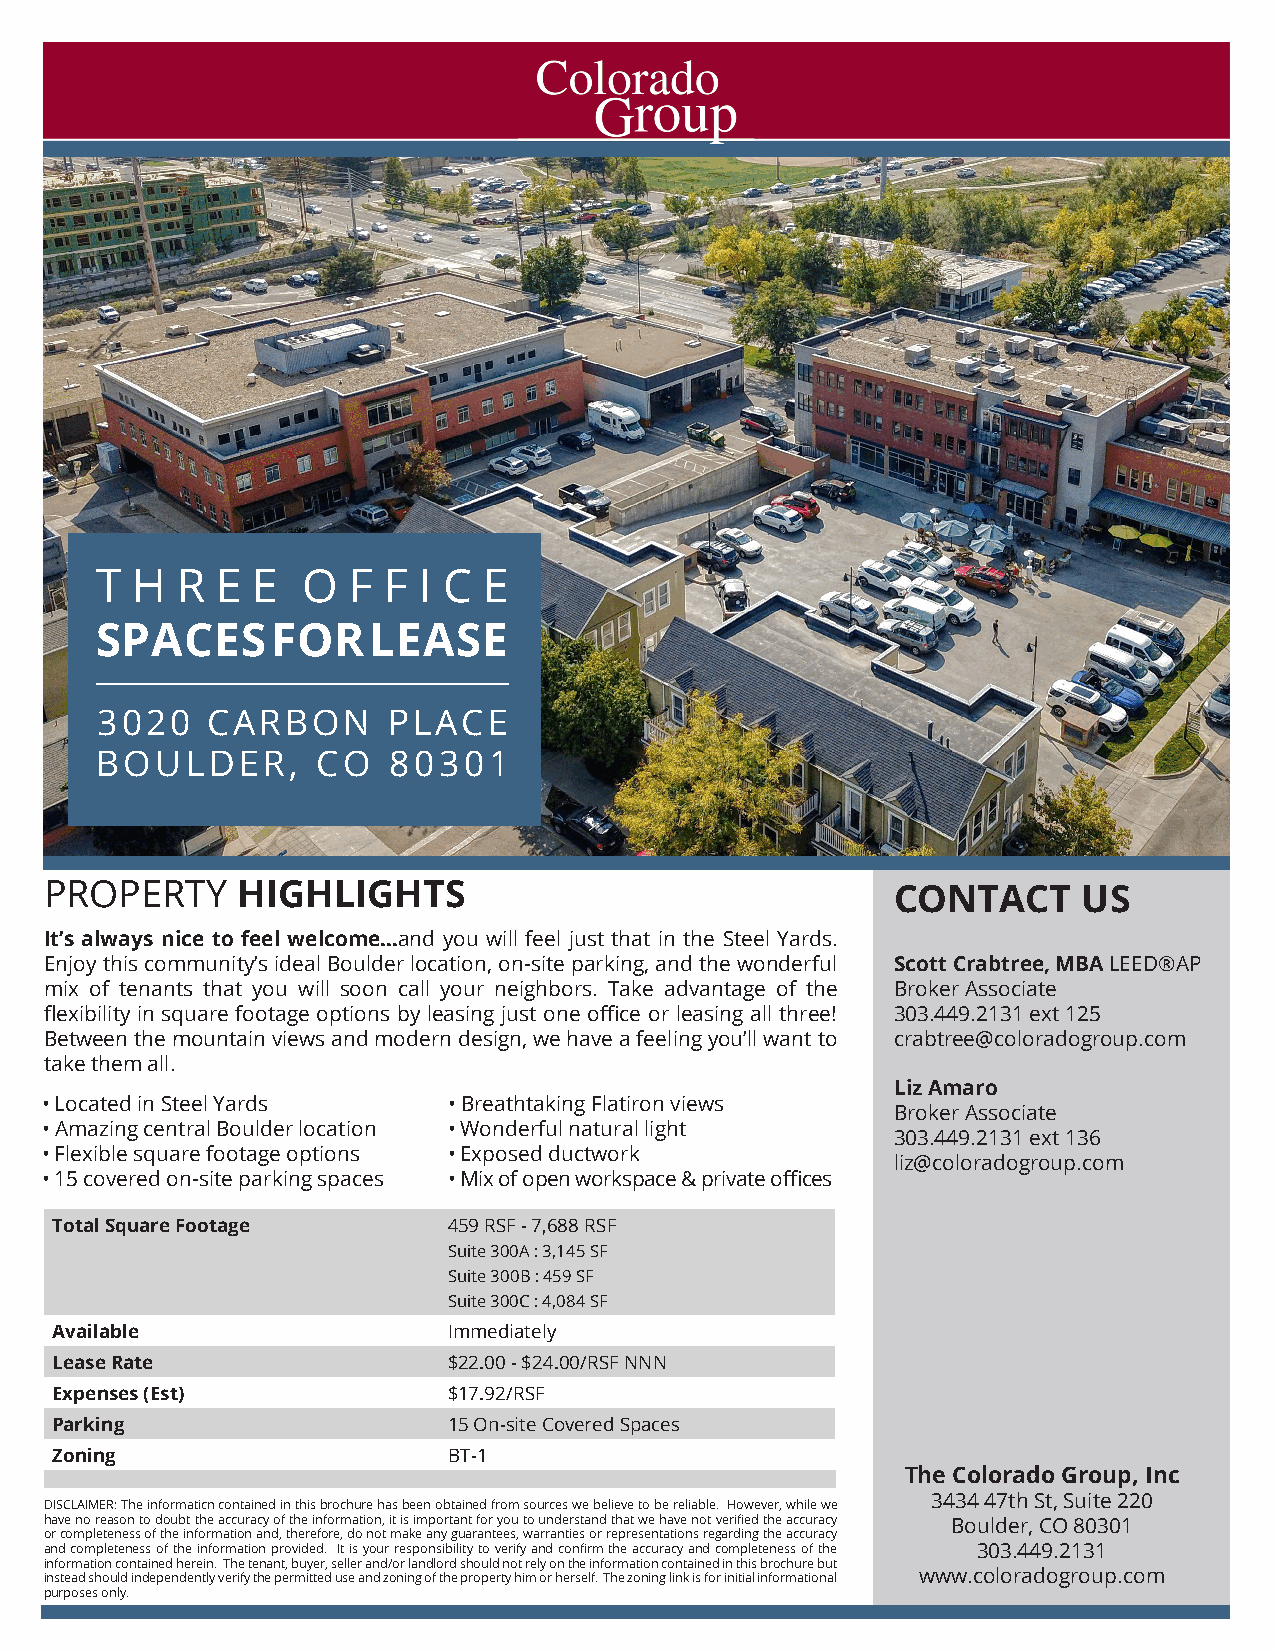
T  H  R E  E  O  F F  I C E
 SPACES      FOR    LEASE
 3020    CARBON      PLACE
 BOULDER,       CO   80301
 PROPERTY     HIGHLIGHTS                                 CONTACT      US
 It’s always nice to feel welcome...and you will feel just that in the Steel Yards.
 Enjoy this community’s ideal Boulder location, on-site parking, and the wonderful Scott Crabtree, MBA LEED®AP
 mix of tenants that you will soon call your neighbors. Take advantage of the Broker Associate
 flexibility in square footage options by leasing just one office or leasing all three! 303.449.2131 ext 125
 Between the mountain views and modern design, we have a feeling you’ll want to crabtree@coloradogroup.com
 take them all.
 Liz Amaro
 • Located in Steel Yards   • Breathtaking Flatiron views
 Broker Associate
 • Amazing central Boulder location • Wonderful natural light
 303.449.2131 ext 136
 • Flexible square footage options • Exposed ductwork
 liz@coloradogroup.com
 • 15 covered on-site parking spaces • Mix of open workspace & private offices
 Total Square Footage       459 RSF - 7,688 RSF
 Suite 300A : 3,145 SF
 Suite 300B : 459 SF
 Suite 300C : 4,084 SF
 Available                  Immediately
 Lease Rate                 $22.00 - $24.00/RSF NNN
 Expenses (Est)             $17.92/RSF
 Parking                    15 On-site Covered Spaces
 Zoning                     BT-1
 The Colorado Group, Inc
 3434 47th St, Suite 220
 DISCLAIMER: The informaticn contained in this brochure has been obtained from sources we believe to be reliable. However, while we
 have no reason to doubt the accuracy of the information, it is important for you to understand that we have not verified the accuracy Boulder, CO 80301
 or completeness of the information and, therefore, do not make any guarantees, warranties or representations regarding the accuracy
 and completeness of the information provided. It is your responsibility to verify and confirm the accuracy and completeness of the 303.449.2131
 information contained herein. The tenant, buyer, seller and/or landlord should not rely on the information contained in this brochure but
 instead should independently verify the permitted use and zoning of the property him or herself. The zoning link is for initial informational www.coloradogroup.com
 purposes only.